Vaccination in Bombay 1874-1876 - 1874-1876
Year: 1874
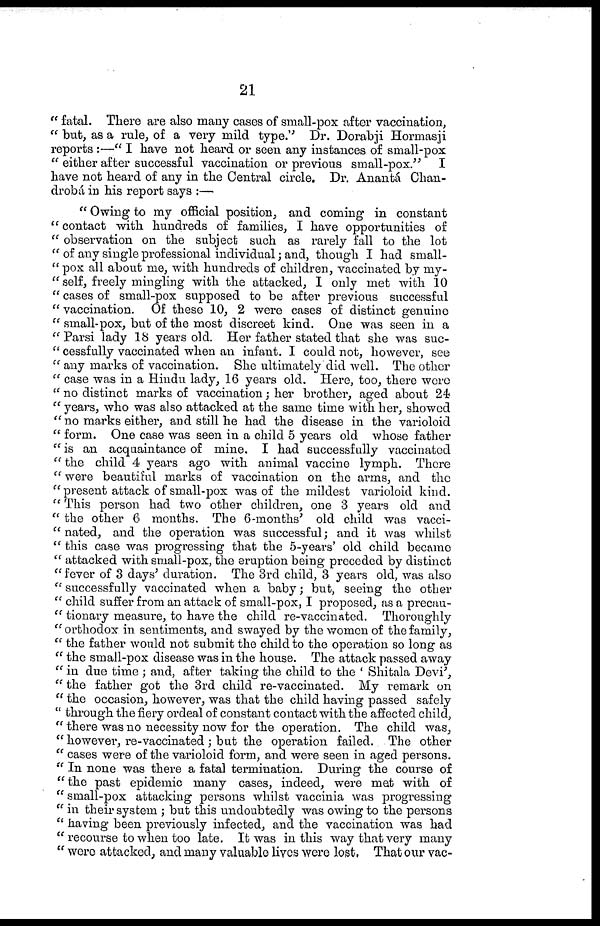
21
" fatal. There are also many cases of small-pox after vaccination,
" but, as a rule, of a very mild type." Dr. Dorabji Hormasji
reports :—" I have not heard or seen any instances of small-pox
" either after successful vaccination or previous small-pox." I
have not heard of any in the Central circle. Dr. Anantá Chan¬
drobá in his report says :—
" Owing to my official position, and coming in constant
" contact with hundreds of families, I have opportunities of
" observation on the subject such as rarely fall to the lot
" of any single professional individual; and, though I had small¬
" pox all about me, with hundreds of children, vaccinated by my¬
" self, freely mingling with the attacked, I only met with 10
" cases of small-pox supposed to be after previous successful
" vaccination. Of these 10, 2 were cases of distinct genuine
" small-pox, but of the most discreet kind. One was seen in a
" Parsi lady 18 years old. Her father stated that she was suc¬
" cessfully vaccinated when an infant. I could not, however, see
" any marks of vaccination. She ultimately did well. The other
" case was in a Hindu lady, 16 years old. Here, too, there were
" no distinct marks of vaccination; her brother, aged about 24
" years, who was also attacked at the same time with her, showed
" no marks either, and still he had the disease in the varioloid
" form. One case was seen in a child 5 years old whose father
" is an acquaintance of mine. I had successfully vaccinated
" the child 4 years ago with animal vaccine lymph. There
" were beautiful marks of vaccination on the arms, and the
"present attack of small-pox was of the mildest varioloid kind.
" This person had two other children, one 3 years old and
" the other 6 months. The 6-months' old child was vacci¬
" nated, and the operation was successful; and it was whilst
" this case was progressing that the 5-years' old child became
" attacked with small-pox, the eruption being preceded by distinct
" fever of 3 days' duration. The 3rd child, 3 years old, was also
" successfully vaccinated when a baby; but, seeing the other
" child suffer from an attack of small-pox, I proposed, as a precau¬
" tionary measure, to have the child re-vaccinated. Thoroughly
" orthodox in sentiments, and swayed by the women of the family,
" the father would not submit the child to the operation so long as
" the small-pox disease was in the house. The attack passed away
" in due time ; and, after taking the child to the ' Shitala Devi',
" the father got the 3rd child re-vaccinated. My remark on
" the occasion, however, was that the child having passed safely
" through the fiery ordeal of constant contact with the affected child,
" there was no necessity now for the operation. The child was,
" however, re-vaccinated ; but the operation failed. The other
" cases were of the varioloid form, and were seen in aged persons.
" In none was there a fatal termination. During the course of
"the past epidemic many cases, indeed, were met with of
" small-pox attacking persons whilst vaccinia was progressing
" in their system ; but this undoubtedly was owing to the persons
" having been previously infected, and the vaccination was had
" recourse to when too late. It was in this way that very many
" were attacked, and many valuable lives were lost. That our vac-